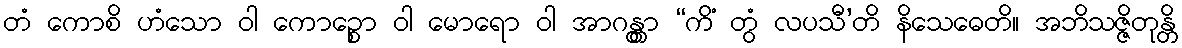
တံ ကောစိ ဟံသော ဝါ ကောဉ္စော ဝါ မောရော ဝါ အာဂန္တွာ “ကိံ တွံ လပသီ’တိ နိသေဓေတိ။ အဘိသဇ္ဇိတုန္တိ